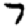
Digit: 7